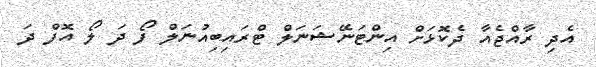
އެދި ރާއްޖެއާ ދެކޮޅަށް އިންޓަނޭޝަނަލް ޓްރައިބިއުނަލް ފޯ ދަ ލޯ އޮފް ދަ